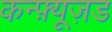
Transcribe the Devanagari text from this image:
कन्फ़्यूज़ड